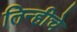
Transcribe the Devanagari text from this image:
तिन्हीचे